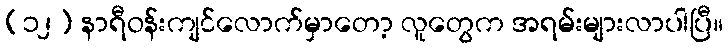
(၁၂) နာရီဝန်းကျင်လောက်မှာတော့ လူတွေက အရမ်းများလာပါပြီ။